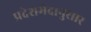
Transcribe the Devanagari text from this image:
प्रदेशभेदानुसार